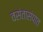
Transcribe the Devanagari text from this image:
वसंतासंपात